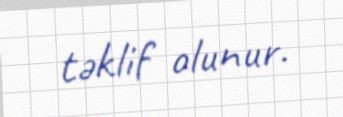
təklif olunur.